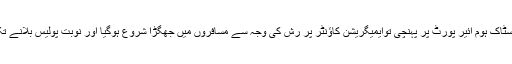
فلائیٹ جب سٹاک ہوم ائیر پورٹ پر پہنچی توایمیگریشن کاؤنٹر پر رش کی وجہ سے مسافروں میں جھگڑا شروع ہوگیا اور نوبت پولیس بلانے تک پہنچ گئی۔